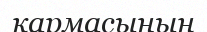
қармасының